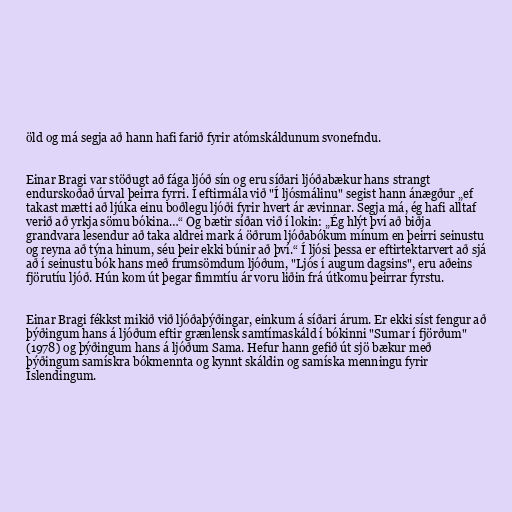
öld og má segja að hann hafi farið fyrir atómskáldunum svonefndu.

Einar Bragi var stöðugt að fága ljóð sín og eru síðari ljóðabækur hans strangt
endurskoðað úrval þeirra fyrri. Í eftirmála við "Í ljósmálinu" segist hann ánægður „ef
takast mætti að ljúka einu boðlegu ljóði fyrir hvert ár ævinnar. Segja má, ég hafi alltaf
verið að yrkja sömu bókina…“ Og bætir síðan við í lokin: „Ég hlýt því að biðja
grandvara lesendur að taka aldrei mark á öðrum ljóðabókum mínum en þeirri seinustu
og reyna að týna hinum, séu þeir ekki búnir að því.“ Í ljósi þessa er eftirtektarvert að sjá
að í seinustu bók hans með frumsömdum ljóðum, "Ljós í augum dagsins", eru aðeins
fjörutíu ljóð. Hún kom út þegar fimmtíu ár voru liðin frá útkomu þeirrar fyrstu.

Einar Bragi fékkst mikið við ljóðaþýðingar, einkum á síðari árum. Er ekki síst fengur að
þýðingum hans á ljóðum eftir grænlensk samtímaskáld í bókinni "Sumar í fjörðum"
(1978) og þýðingum hans á ljóðum Sama. Hefur hann gefið út sjö bækur með
þýðingum samískra bókmennta og kynnt skáldin og samíska menningu fyrir
Íslendingum.